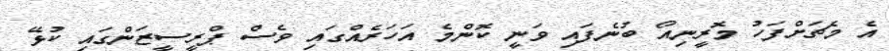
އެ މެޗަށްފަހު މޮރީނިއޯ ބުނެފައި ވަނީ ކޮންމެ އަހަރެއްގައި ވެސް ޕްރީސީޒަންގައި ކުޅޭ